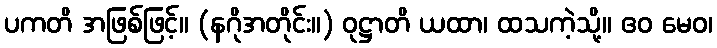
ပကတိ အဖြစ်ဖြင့်။ (နဂိုအတိုင်း။) ဝုဋ္ဌာတိ ယထာ၊ ထသကဲ့သို့။ ဧဝ မေဝ၊